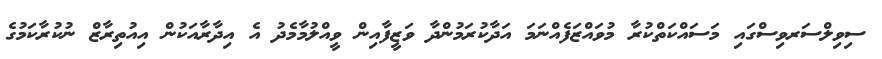
ސިވިލްސަރވިސްގައި މަސައްކަތްކުރާ މުވައްޒަފެއްނަމަ އަދާކުރަމުންދާ ވަޒީފާއިން ވީއްލުމާމެދު އެ އިދާރާއަކުން އިއުތިރާޒް ނުކުރާކަމުގެ